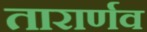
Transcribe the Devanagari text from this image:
तारार्णव